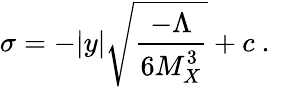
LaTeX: \sigma=-|y|\sqrt{{\frac{-{\Lambda}}{\displaystyle{6M_{X}^{3}}}}}+c~.~\,